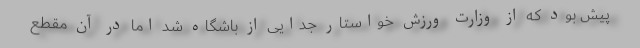
پیش بود که از وزارت ورزش خواستار جدایی از باشگاه شد اما در آن مقطع